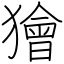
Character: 獪